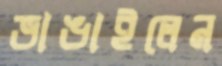
ভাঙাইলেন